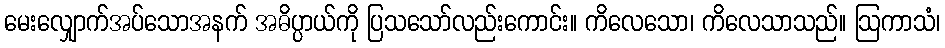
မေးလျှောက်အပ်သောအနက် အဓိပ္ပာယ်ကို ပြသသော်လည်းကောင်း။ ကိလေသော၊ ကိလေသာသည်။ ဩကာသံ၊